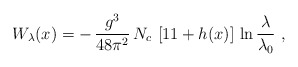
\begin{align*}W_\lambda(x) = - \,{g^3 \over 48 \pi^2}\, N_c \, \left[11 + h(x) \right]\,\ln{\lambda \over \lambda_0} \,\, , \end{align*}